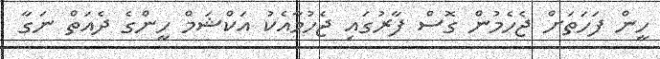
ހީން ފަހަތަށް ޖެހެމުން ގޮސް ފާރުގައި ޖެހުމާއެކު އަކްޝަމް ހީންގެ ދެއަތް ނަގާ